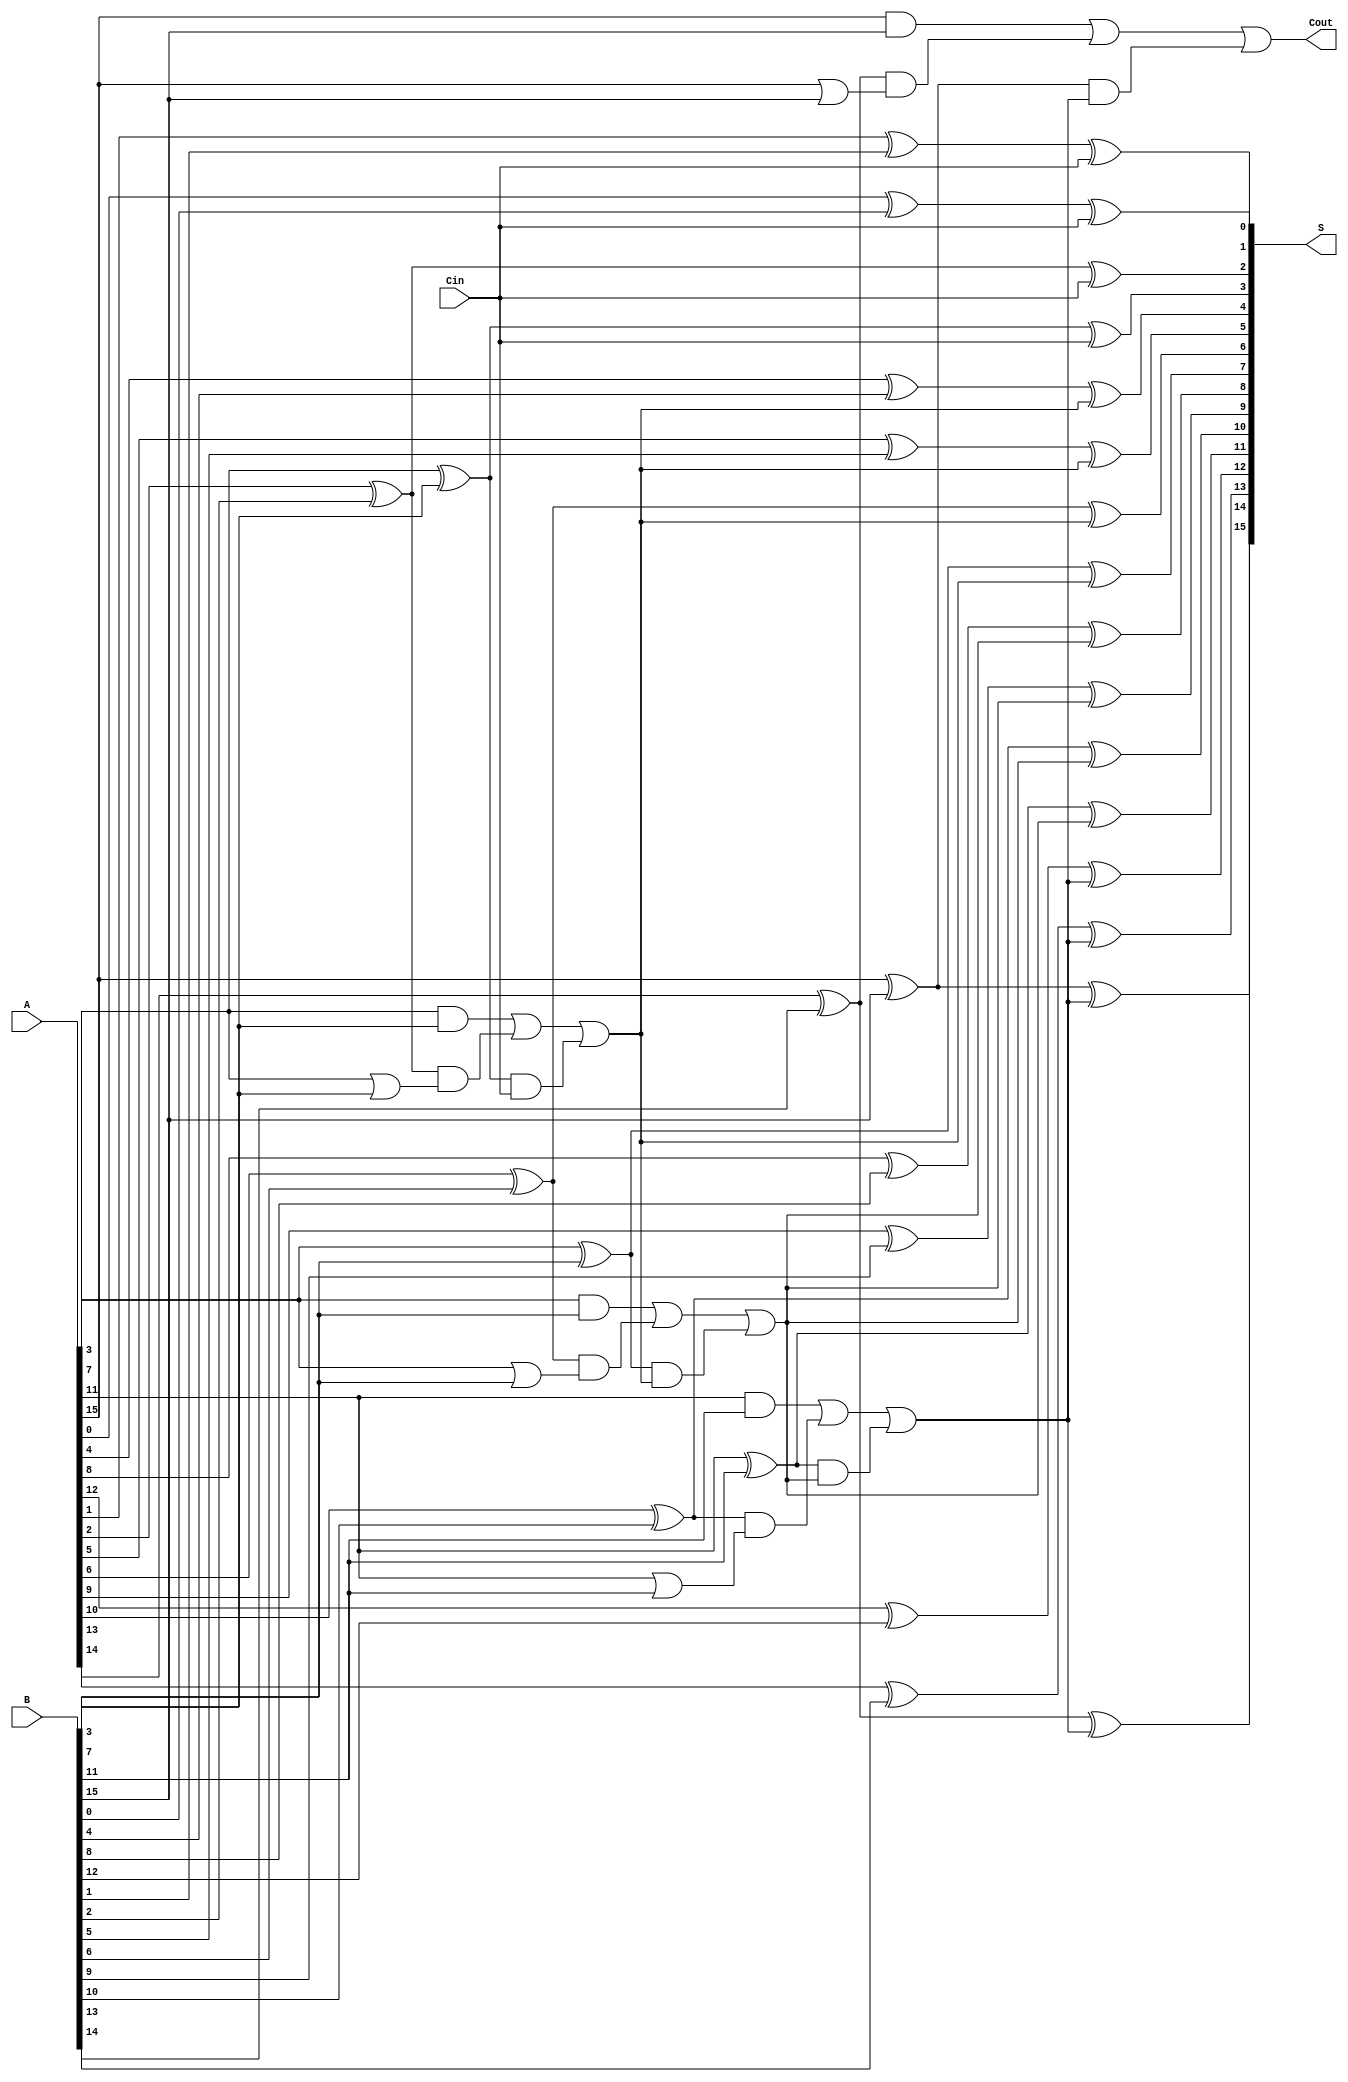
module PrecomputationCarryAdder #(parameter N = 16, // Total number of bits
                                   parameter G = 4) // Group size
(
    input  wire [N-1:0] A,    // First n-bit input
    input  wire [N-1:0] B,    // Second n-bit input
    input  wire Cin,           // Carry in
    output wire [N-1:0] S,     // Sum output
    output wire Cout           // Carry out
);

// Number of groups
localparam NUM_GROUPS = N / G;

// Carry generation for each group
wire [NUM_GROUPS-1:0] carry_out;
wire [NUM_GROUPS-1:0] carry_gen [0:G-1]; // Carry generation for each bit in the group
wire [NUM_GROUPS-1:0] carry_prop [0:G-1]; // Carry propagation for each bit in the group

// Generate carry for each group
generate
    genvar i, j;
    for (i = 0; i < NUM_GROUPS; i = i + 1) begin : group
        for (j = 0; j < G; j = j + 1) begin : bit
            if (j == 0) begin
                assign carry_gen[i][j] = A[i*G + j] & B[i*G + j]; // Generate carry
                assign carry_prop[i][j] = A[i*G + j] ^ B[i*G + j]; // Propagate carry
            end else begin
                assign carry_gen[i][j] = (A[i*G + j] & B[i*G + j]) | (carry_prop[i][j-1] & (A[i*G + j] | B[i*G + j]));
                assign carry_prop[i][j] = A[i*G + j] ^ B[i*G + j];
            end
        end
        // Final carry out for the group
        assign carry_out[i] = carry_gen[i][G-1] | (carry_prop[i][G-1] & (i == 0 ? Cin : carry_out[i-1]));
    end
endgenerate

// Sum calculation
generate
    for (i = 0; i < NUM_GROUPS; i = i + 1) begin : sum_group
        for (j = 0; j < G; j = j + 1) begin : sum_bit
            assign S[i*G + j] = carry_prop[i][j] ^ (i == 0 ? Cin : carry_out[i-1]);
        end
    end
endgenerate

// Final carry out
assign Cout = carry_out[NUM_GROUPS-1];

endmodule